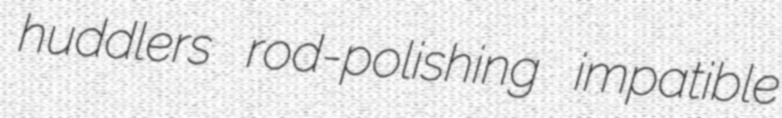
huddlers rod-polishing impatible